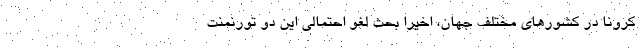
کرونا در کشورهای مختلف جهان، اخیراً بحث لغو احتمالی این دو تورنمنت